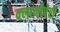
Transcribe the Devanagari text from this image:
क्‍लामीचेरी